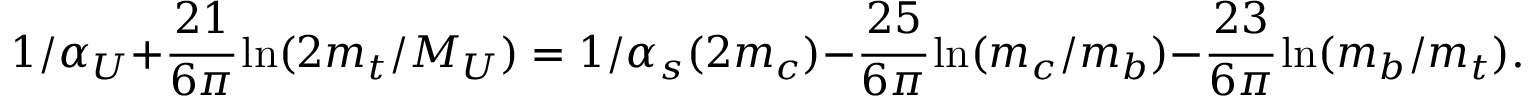
1 / \alpha _ { U } + { \displaystyle \cfrac { 2 1 } { 6 \pi } } \ln ( 2 m _ { t } / M _ { U } ) = 1 / \alpha _ { s } ( 2 m _ { c } ) - { \displaystyle \cfrac { 2 5 } { 6 \pi } } \ln ( m _ { c } / m _ { b } ) - { \displaystyle \cfrac { 2 3 } { 6 \pi } } \ln ( m _ { b } / m _ { t } ) .